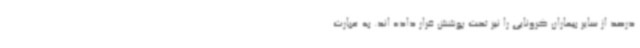
درصد از سایر بیماران کرونایی را نیز تحت پوشش قرار داده اند. به عبارت